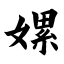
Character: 嫘